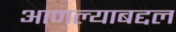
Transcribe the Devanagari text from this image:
आणल्याबद्दल